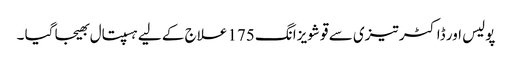
پولیس اور ڈاکٹر تیزی سے قو شویزانگ 175 علاج کے لیے ہسپتال بھیجا گیا ۔